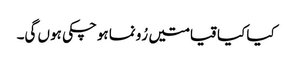
کیا کیا قیامتیں رُونما ہوچکی ہوں گی۔